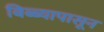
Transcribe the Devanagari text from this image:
बिब्ब्यापासून